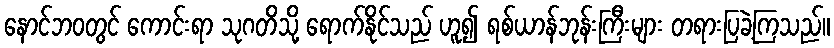
နောင်ဘဝတွင် ကောင်းရာ သုဂတိသို့ ရောက်နိုင်သည် ဟူ၍ ရစ်ယာန်ဘုန်းကြီးများ တရားပြခဲ့ကြသည်။